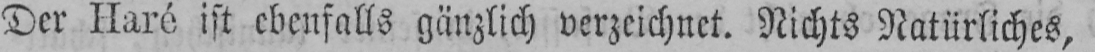
Der Haré ist ebenfalls gänzlich verzeichnet. Nichts Natürliches,